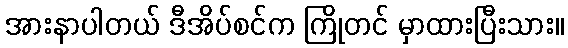
အားနာပါတယ် ဒီအိပ်စင်က ကြိုတင် မှာထားပြီးသား။